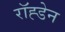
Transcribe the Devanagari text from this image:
रॉह्डेन